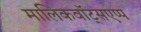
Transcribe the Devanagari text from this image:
मालिकवॉट्सएप्प